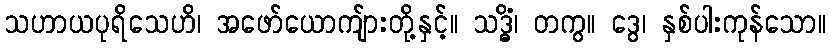
သဟာယပုရိသေဟိ၊ အဖော်ယောကျ်ားတို့နှင့်။ သဒ္ဓိံ၊ တကွ။ ဒွေ၊ နှစ်ပါးကုန်သော။